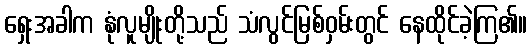
ရှေးအခါက နုံလူမျိုးတို့သည် သံလွင်မြစ်ဝှမ်းတွင် နေထိုင်ခဲ့ကြ၏။